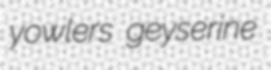
yowlers geyserine